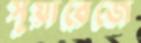
সুয়ারেজে